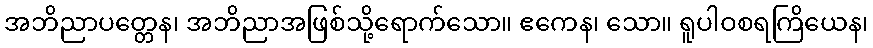
အဘိညာပတ္တေန၊ အဘိညာအဖြစ်သို့ရောက်သော။ ဧကေန၊ သော။ ရူပါဝစရကြိယေန၊